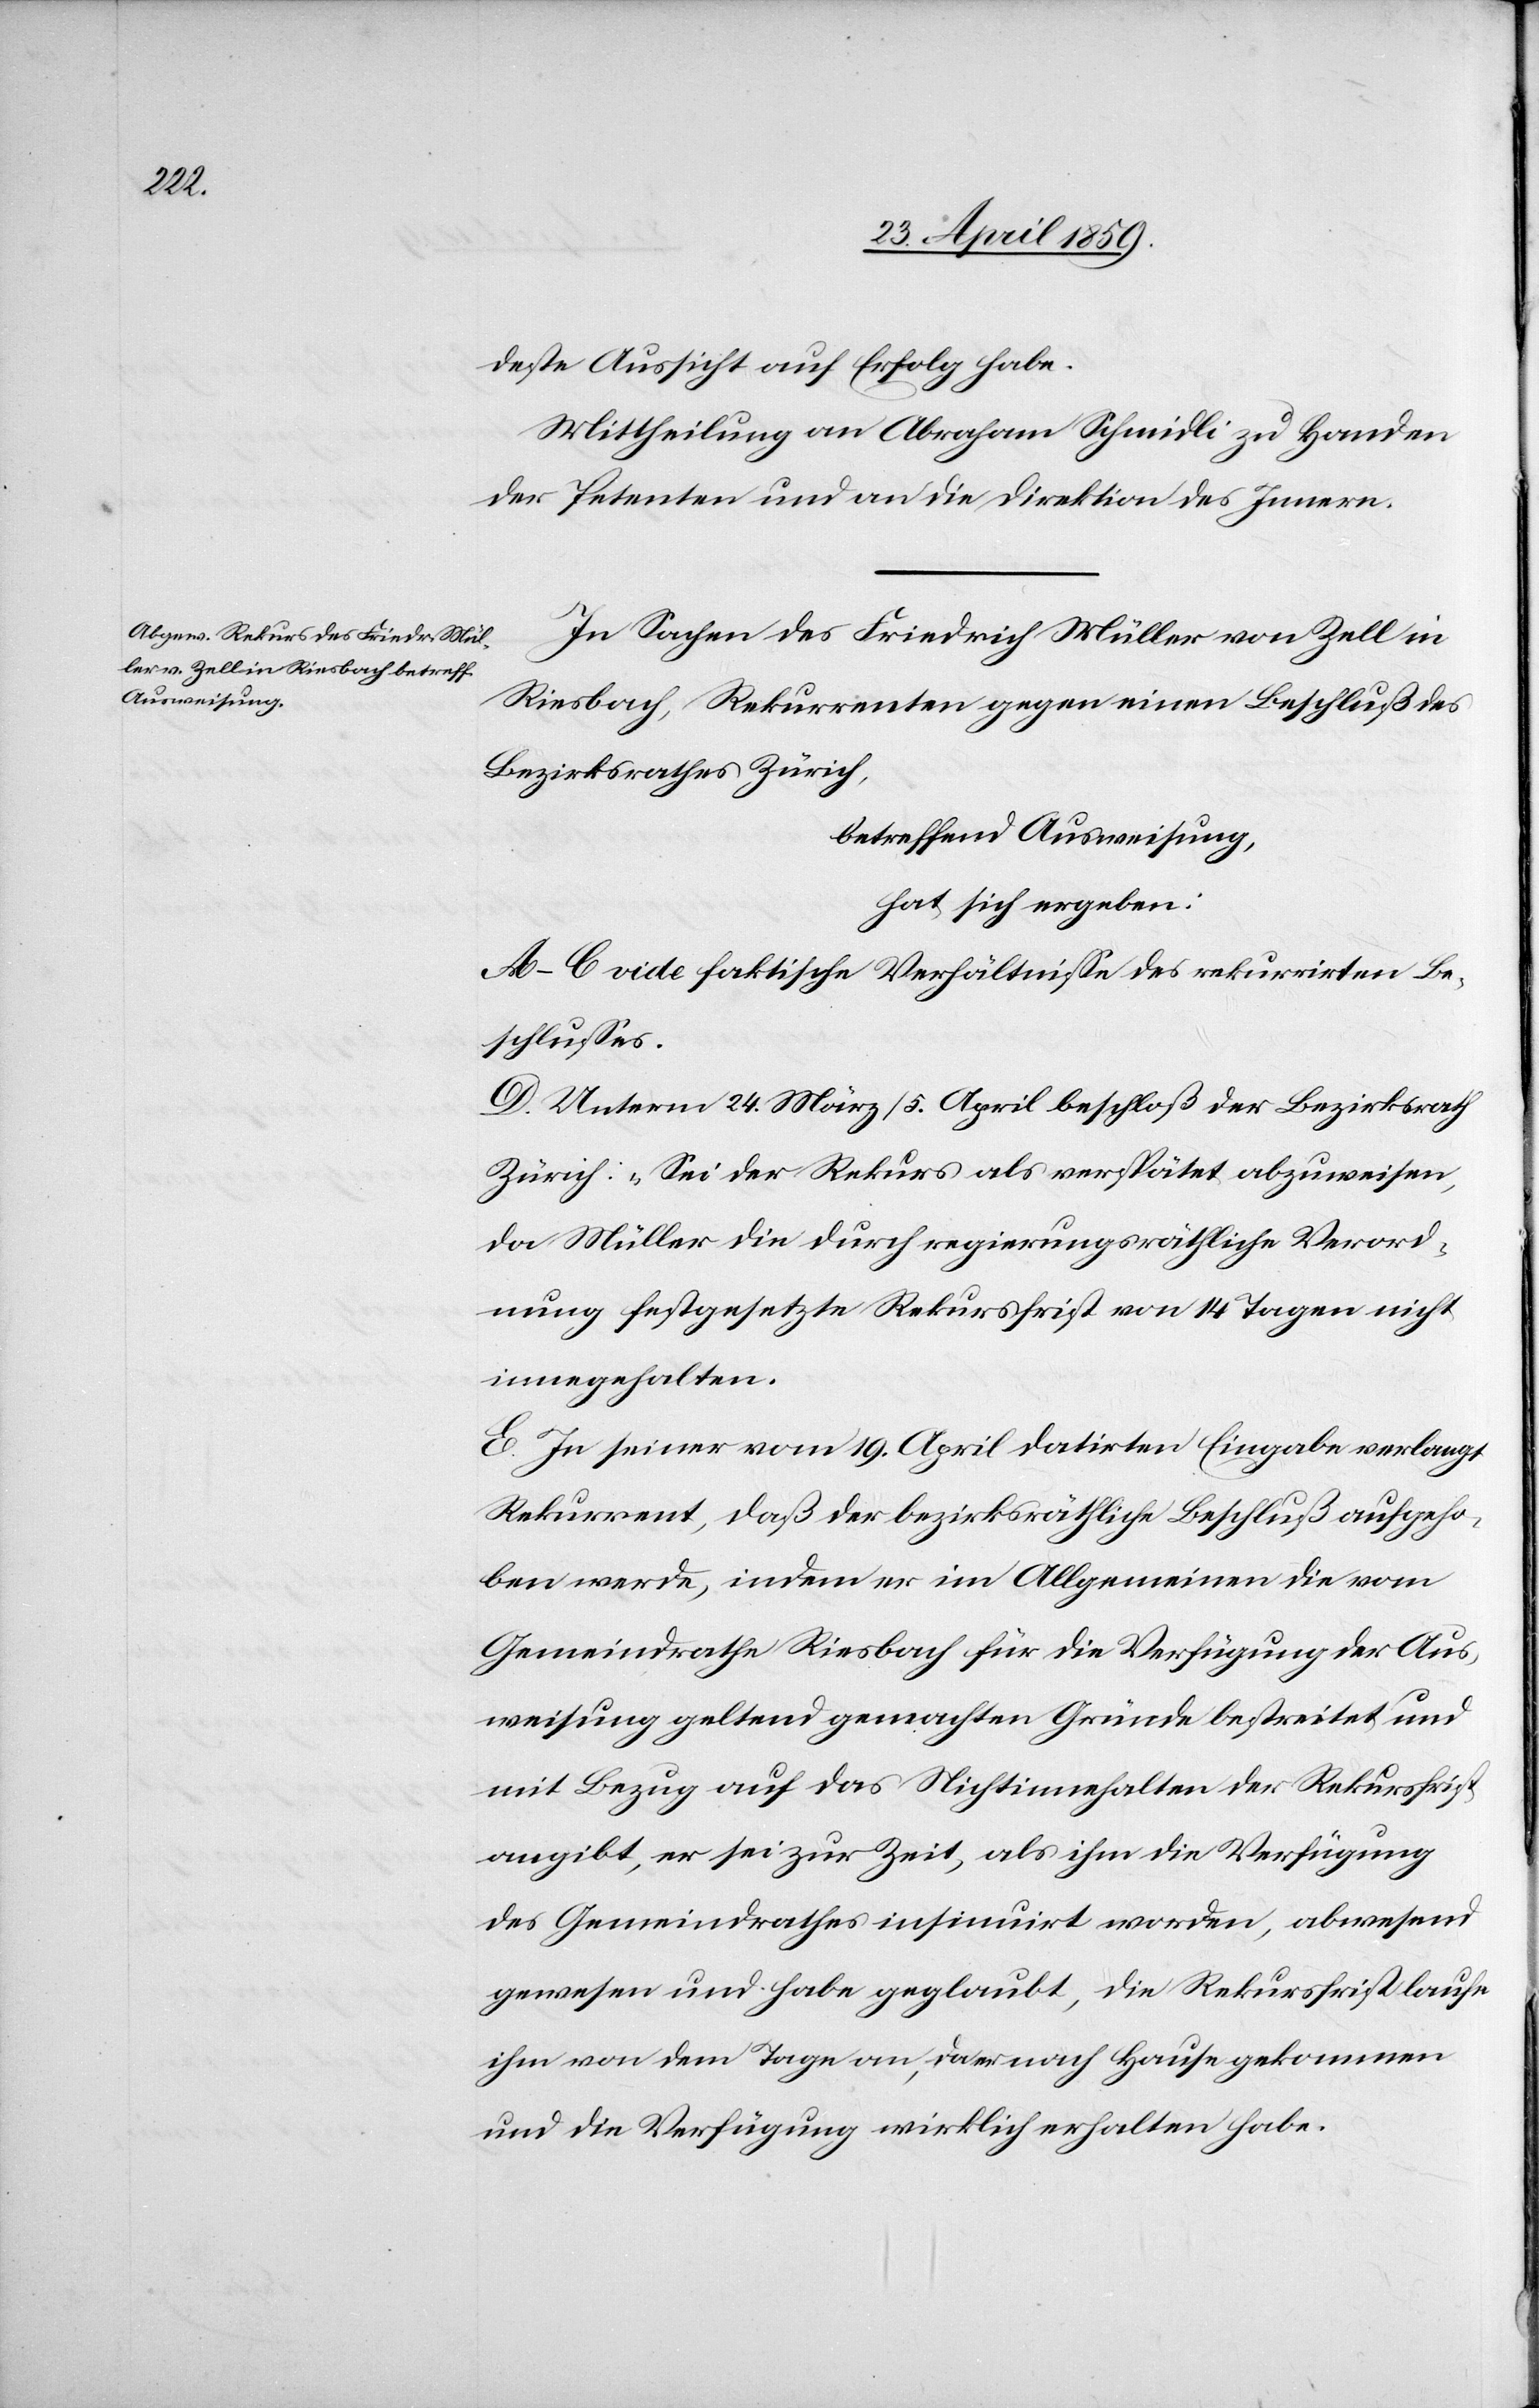
deste Aussicht auf Erfolg habe.
Mittheilung an Abraham Schmidli zu Handen
der Petenten und an die Direktion des Innern.
In Sachen des Friedrich Müller von Zell in
Riesbach, Rekurrenten gegen einen Beschluß des
Bezirksrathes Zürich,
betreffend Ausweisung,
hat sich ergeben:
A(C vide faktische Verhältniße des rekurrirten Be¬
schlußes.
D. Unterm 24. März/5. April beschloß der Bezirksrath
Zürich: „Sei der Rekurs als verspätet abzuweisen,
da Müller die durch regierungsräthliche Verord¬
nung festgesetzte Rekursfrist von 14 Tagen nicht
innegehalten.[“]
E. In seiner vom 19. April datirten Eingabe verlangt
Rekurrent, daß der bezirksräthliche Beschluß aufgeho¬
ben werde, indem er im Allgemeinen die vom
Gemeindrathe Riesbach für die Verfügung der Aus¬
weisung geltend gemachten Gründe bestreitet und
mit Bezug auf das Nichtinnehalten der Rekursfrist
angibt, er sei zur Zeit, als ihm die Verfügung
des Gemeindrathes insinuirt worden, abwesend
gewesen und habe geglaubt, die Rekursfrist laufe
ihm von dem Tage an, da er nach Hause gekommen
und die Verfügung wirklich erhalten habe.